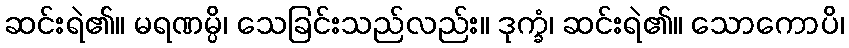
ဆင်းရဲ၏။ မရဏမ္ပိ၊ သေခြင်းသည်လည်း။ ဒုက္ခံ၊ ဆင်းရဲ၏။ သောကောပိ၊